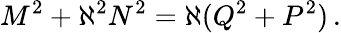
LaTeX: M^{2}+\aleph^{2}N^{2}=\aleph(Q^{2}+P^{2})\, .